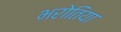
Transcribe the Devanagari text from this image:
भरोतिया